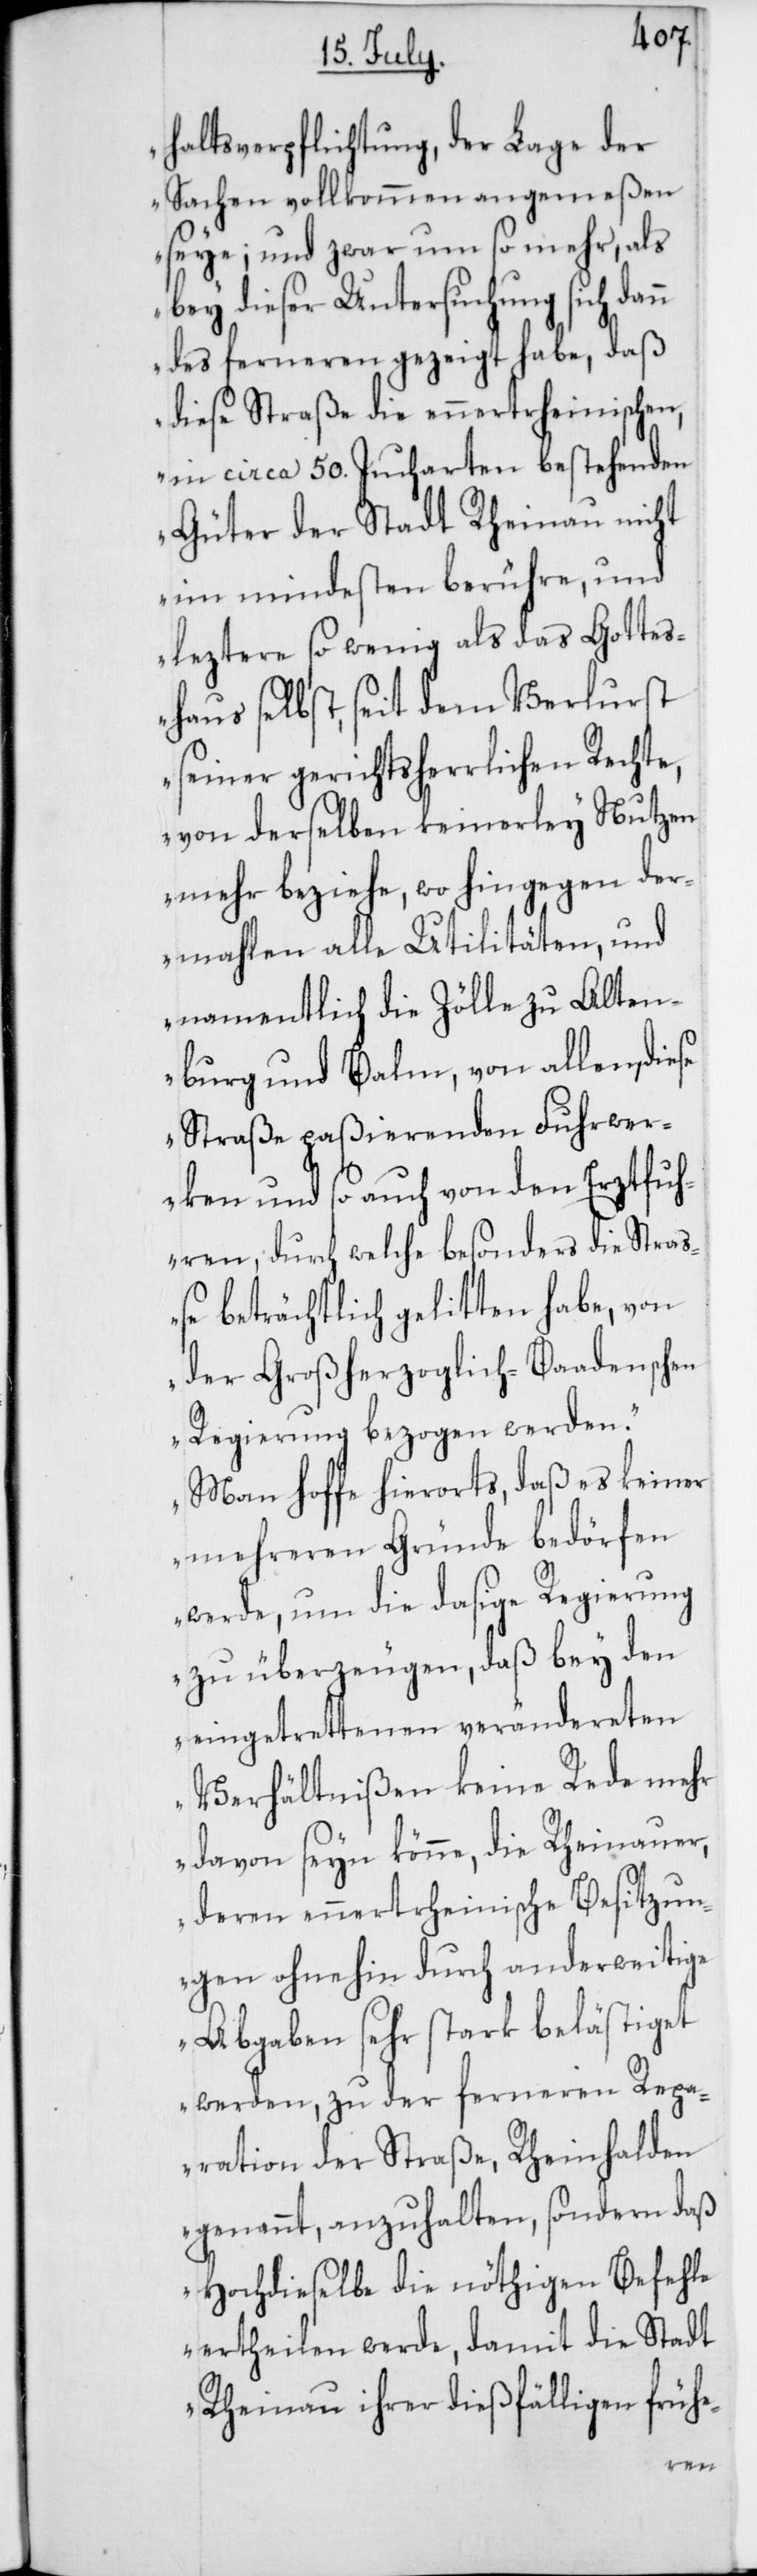
haltsverpflichtung, der Lage der
Sachen vollkommen angemeßen
seye; und zwar um so mehr, als
bey dieser Untersuchung sich dan¬
n des ferneren gezeigt habe, daß
diese Straße die ennertrheinischen,
in circa 50. Jucharten bestehenden
Güter der Stadt Rheinau nicht
im mindesten berühre, und
leztere so wenig als das Gottes¬
haus selbst, seit dem Verlust
seiner gerichtsherrlichen Rechte,
von derselben keinerley Nutzen
mehr beziehe, wo hingegen der¬
mahlen alle Utilitäten, und
namentlich die Zölle zu Alten¬
burg und Balm, von allen, diese
Straße paßierenden Fuhrwer¬
ken und so auch von den Erztfuh¬
ren, durch welche besonders die Stra¬
ße beträchtlich gelitten habe, von
der Großherzoglich-Baadenschen
Regierung bezogen werden.
Man hoffe hierorts, daß es keiner
mehreren Gründe bedörfen
werde, um die dasige Regierung
zu überzeugen, daß bey den
eingetrettenen verändereten
Verhältnißen keine Rede mehr
davon seyn könne, die Rheinauer,
deren ennertrheinische Besitzun¬
gen ohnehin durch anderweitige
Abgaben sehr stark belästiget
werden, zu der ferneren Repa¬
ration der Straße, Rheinhalden
genannt, anzuhalten, sondern daß
Hochdieselbe die nöthigen Befehle
ertheilen werde, damit die Stadt
Rheinau ihrer dießfälligen frühe-